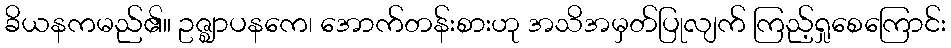
ခိယနကမည်၏။ ဥဇ္ဈာပနကေ၊ အောက်တန်းစားဟု အသိအမှတ်ပြုလျက် ကြည့်ရှုစေကြောင်း